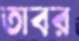
তাবর